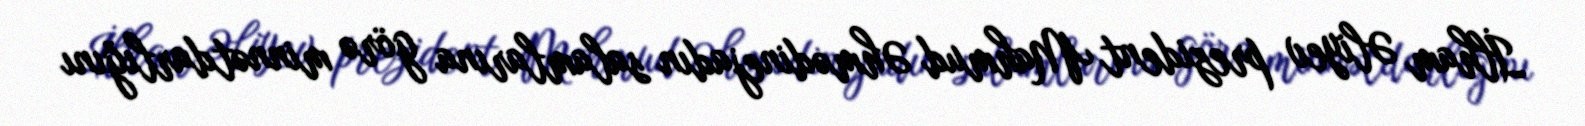
İlham Əliyev prezident Mahmud Əhmədinejadın salamlarına görə minnətdarlığını